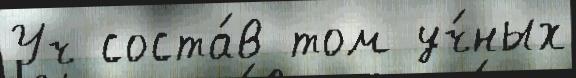
Уч соста́в том уч́ных